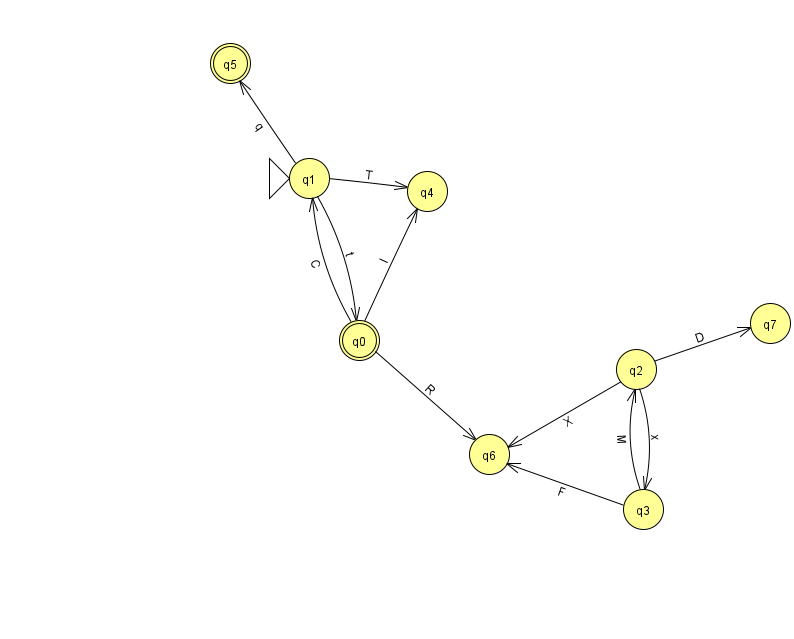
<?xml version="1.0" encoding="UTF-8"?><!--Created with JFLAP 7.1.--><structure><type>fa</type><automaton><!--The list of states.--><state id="0" name="q0"><x>359.0</x><y>327.0</y><final/></state><state id="1" name="q1"><x>309.0</x><y>165.0</y><initial/></state><state id="2" name="q2"><x>636.0</x><y>356.0</y></state><state id="3" name="q3"><x>643.0</x><y>496.0</y></state><state id="4" name="q4"><x>427.0</x><y>178.0</y></state><state id="5" name="q5"><x>230.0</x><y>50.0</y><final/></state><state id="6" name="q6"><x>489.0</x><y>441.0</y></state><state id="7" name="q7"><x>770.0</x><y>310.0</y></state><!--The list of transitions.--><transition><from>3</from><to>2</to><read>M</read></transition><transition><from>0</from><to>1</to><read>C</read></transition><transition><from>1</from><to>0</to><read>t</read></transition><transition><from>2</from><to>3</to><read>x</read></transition><transition><from>0</from><to>4</to><read>l</read></transition><transition><from>1</from><to>5</to><read>q</read></transition><transition><from>2</from><to>6</to><read>X</read></transition><transition><from>2</from><to>7</to><read>D</read></transition><transition><from>1</from><to>4</to><read>T</read></transition><transition><from>3</from><to>6</to><read>F</read></transition><transition><from>0</from><to>6</to><read>R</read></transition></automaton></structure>